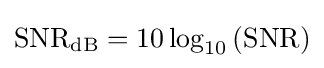
\mathrm {SNR_{dB}} =10\log _{10}\left(\mathrm {SNR} \right)